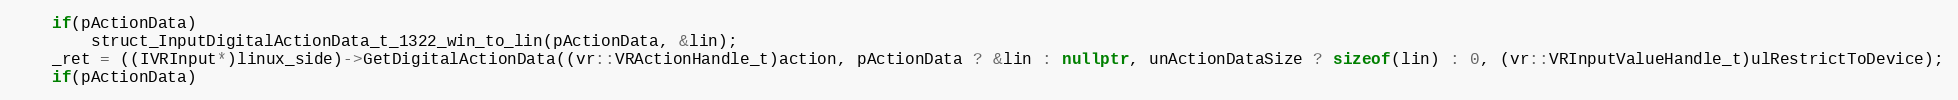
Language: C++
    if(pActionData)
        struct_InputDigitalActionData_t_1322_win_to_lin(pActionData, &lin);
    _ret = ((IVRInput*)linux_side)->GetDigitalActionData((vr::VRActionHandle_t)action, pActionData ? &lin : nullptr, unActionDataSize ? sizeof(lin) : 0, (vr::VRInputValueHandle_t)ulRestrictToDevice);
    if(pActionData)